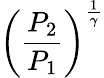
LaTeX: \left({\frac{P_{2}}{P_{1}}}\right)^{\frac{1}{\gamma}}